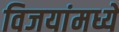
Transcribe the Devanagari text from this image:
विजयांमध्ये